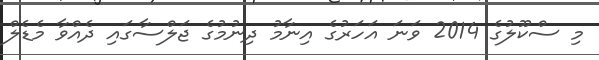
މި ސްކޫލުގެ 2014 ވަނަ އަހަރުގެ އިނާމު ދިނުމުގެ ޖަލްސާގައި ދެއްވާ މެޑެލް